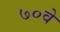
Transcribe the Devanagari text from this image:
७०वे